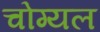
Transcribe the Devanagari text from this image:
चोग्यल